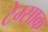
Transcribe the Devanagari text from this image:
टेम्साक